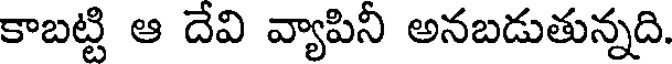
కాబట్టి ఆ దేవి వ్యాపినీ అనబడుతున్నది.